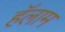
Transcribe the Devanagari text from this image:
हॅलाम